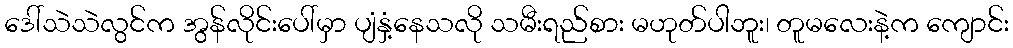
ဒေါ်သဲသဲလွင်က အွန်လိုင်းပေါ်မှာ ပျံနှံ့နေသလို သမီးရည်စား မဟုတ်ပါဘူး၊ တူမလေးနဲ့က ကျောင်း